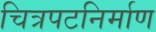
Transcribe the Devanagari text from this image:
चित्रपटनिर्माण